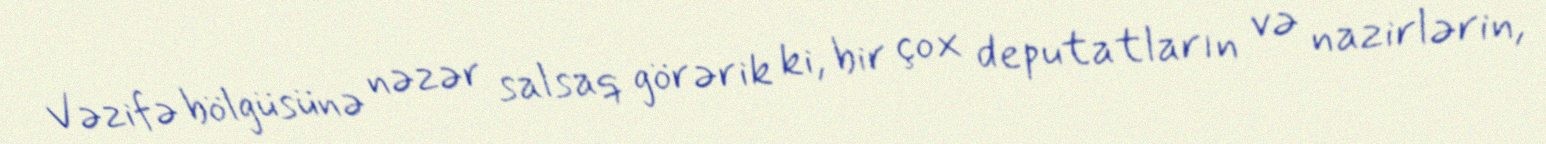
Vəzifə bölgüsünə nəzər salsaq görərik ki, bir çox deputatların və nazirlərin,